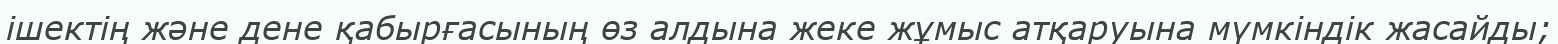
ішектің және дене қабырғасының өз алдына жеке жұмыс атқаруына мүмкіндік жасайды;